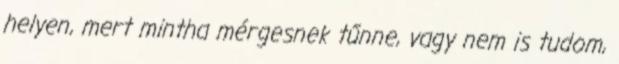
helyen, mert mintha mérgesnek tűnne, vagy nem is tudom,